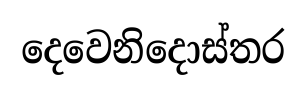
දෙවෙනිදොස්තර